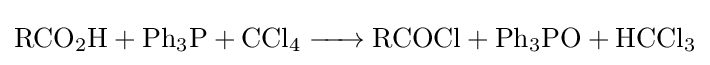
{\ce {RCO2H + Ph3P + CCl4 -> RCOCl + Ph3PO + HCCl3}}